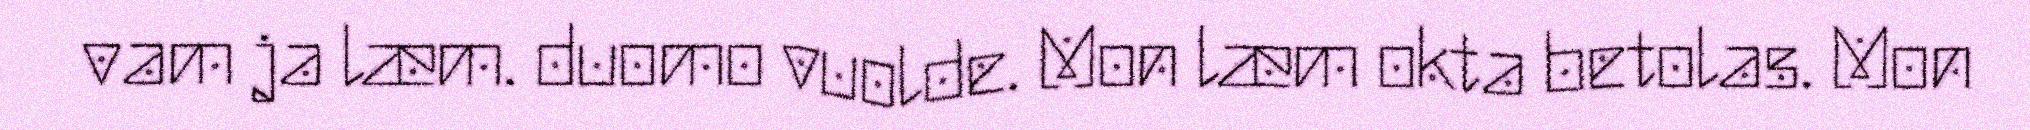
vam ja læm. duomo vuolde. Mon læm okta betolas. Mon